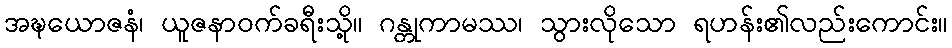
အဍ္ဎယောဇနံ၊ ယူဇနာဝက်ခရီးသို့။ ဂန္တုကာမဿ၊ သွားလိုသော ရဟန်း၏လည်းကောင်း။